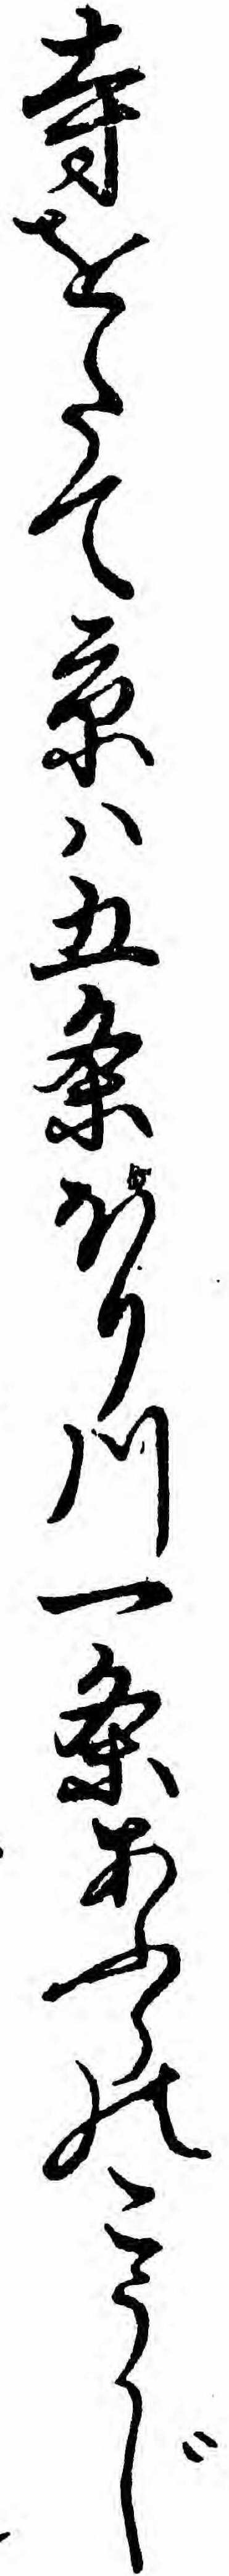
寺をたて京ハ五条ほり川一条あふらのこうじ